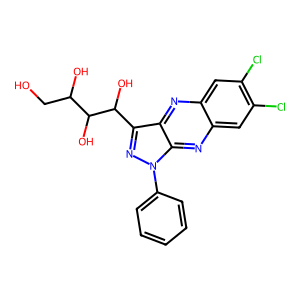
SMILES: OCC(O)C(O)C(O)c1nn(-c2ccccc2)c2nc3cc(Cl)c(Cl)cc3nc12
Inhibits HIV replication: No